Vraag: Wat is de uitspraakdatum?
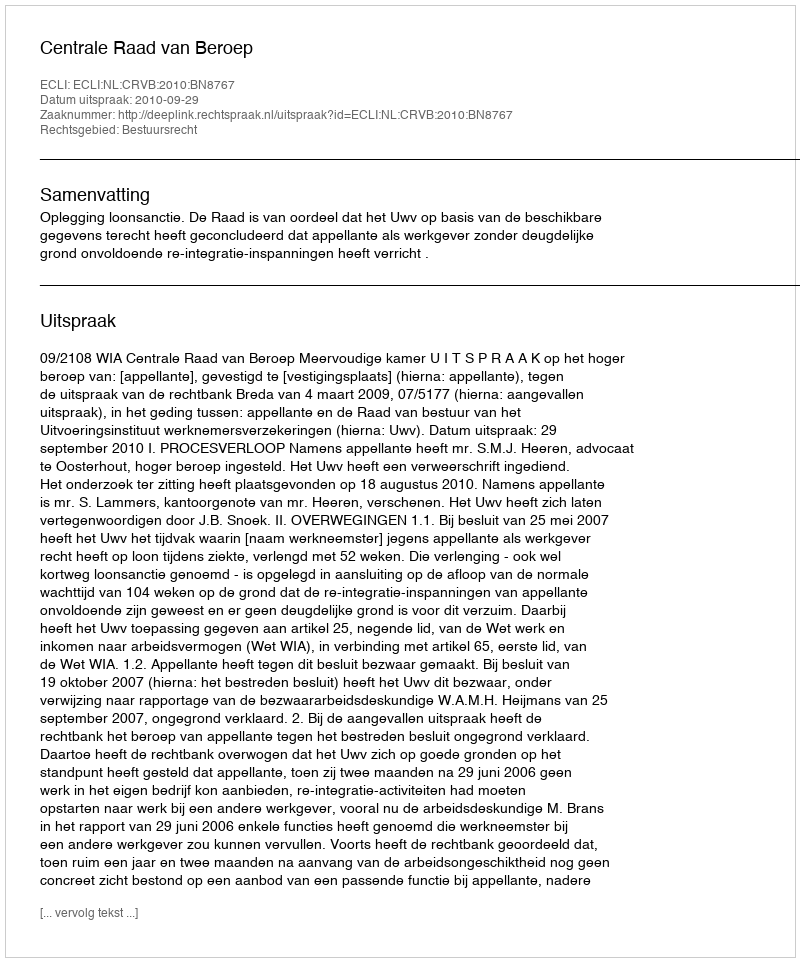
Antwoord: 2010-09-29